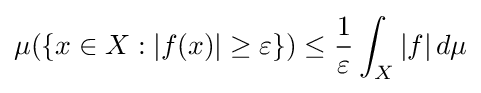
\mu (\{x\in X:|f(x)|\geq \varepsilon \})\leq {\frac {1}{\varepsilon }}\int _{X}|f|\,d\mu